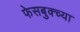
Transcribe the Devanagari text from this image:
फेसबुक्च्या